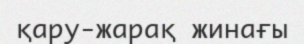
қару-жарақ жинағы